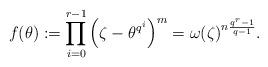
LaTeX: \begin{align*}f(\theta):=\prod_{i=0}^{r-1}{\left(\zeta-\theta^{q^i}\right)^m}=\omega(\zeta)^{n\frac{q^r-1}{q-1}}.\end{align*}